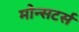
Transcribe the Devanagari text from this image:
मोन्सटर्स